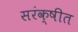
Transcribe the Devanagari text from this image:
सरंक्षीत